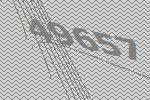
49657